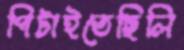
পিটাইতেছিলি